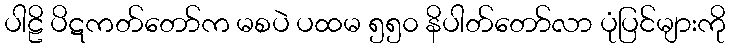
ပါဠိ ပိဋကတ်တော်က မစပဲ ပထမ ၅၅၀ နိပါတ်တော်လာ ပုံပြင်များကို